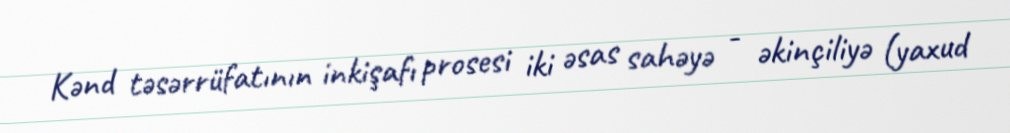
Kənd təsərrüfatının inkişafı prosesi iki əsas sahəyə - əkinçiliyə (yaxud